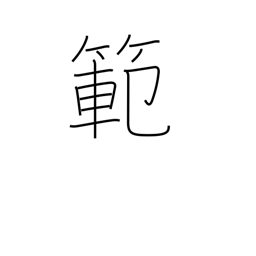
Meaning: model